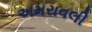
અમરાવલી